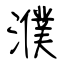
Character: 濮